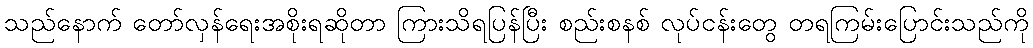
သည်နောက် တော်လှန်ရေးအစိုးရဆိုတာ ကြားသိရပြန်ပြီး စည်းစနစ် လုပ်ငန်းတွေ တရကြမ်းပြောင်းသည်ကို